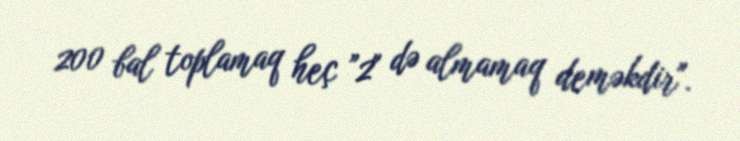
200 bal toplamaq heç ”2" də almamaq deməkdir".